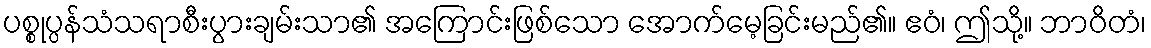
ပစ္စုပ္ပန်သံသရာစီးပွားချမ်းသာ၏ အကြောင်းဖြစ်သော အောက်မေ့ခြင်းမည်၏။ ဧဝံ၊ ဤသို့။ ဘာဝိတံ၊